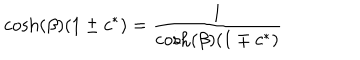
\cosh ( \beta ) ( 1 \pm c ^ { * } ) = { \frac { 1 } { \cosh ( \beta ) ( 1 \mp c ^ { * } ) } }